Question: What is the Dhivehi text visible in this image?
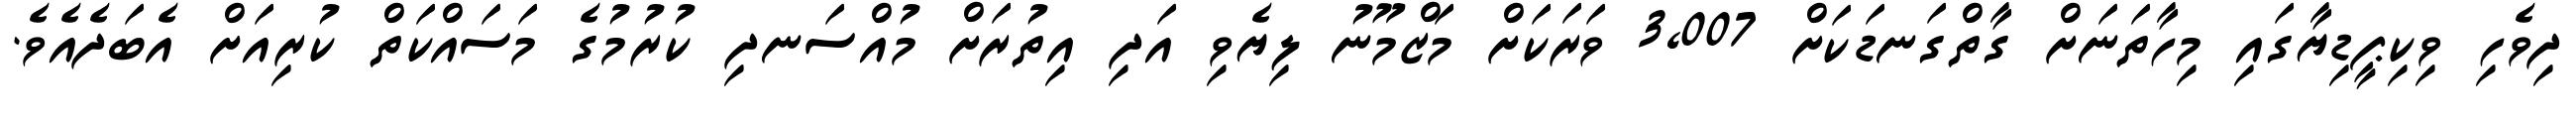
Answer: ދިވެހި ވިކިޕީޑިޔާގައި މިހާތަނަށް ގާތްގަނޑަކަށް 3,007 ވަރަކަށް މަޒްމޫނު ލިޔެވި އަދި އިތުރަށް މުއްސަނދި ކުރުމުގެ މަސައްކަތް ކުރިއަށް އެބަދެއެވެ.